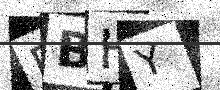
Text: RBHY